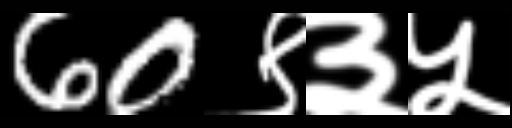
Text: 60९३५